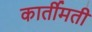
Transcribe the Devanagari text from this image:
कार्तीमती